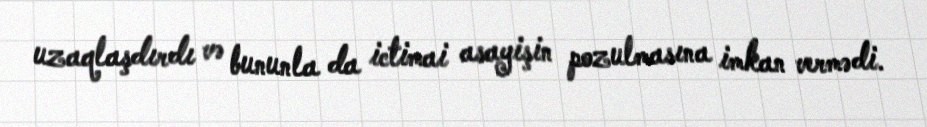
uzaqlaşdırdı və bununla da ictimai asayişin pozulmasına imkan vermədi.